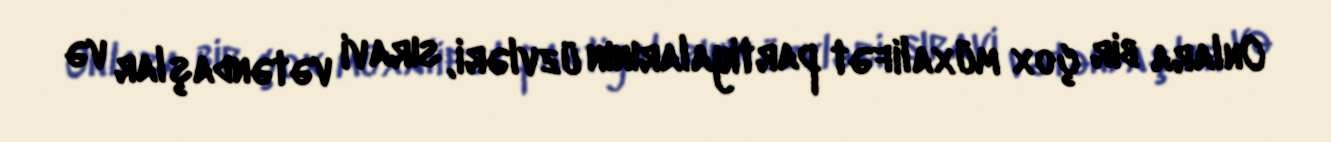
Onlara bir çox müxalifət partiyalarının üzvləri, sıravi vətəndaşlar və